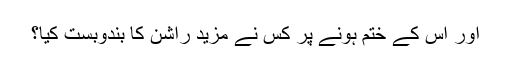
اور اس کے ختم ہونے پر کس نے مزید راشن کا بندوبست کیا؟